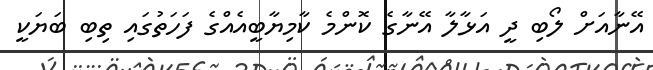
އޭނާއަށް ލޯބި ދީ އަޅާލާ އޭނާގެ ކޮންމެ ކާމިޔާބީއެއްގެ ފަހަތުގައި ތިބި ބަޔަކީ